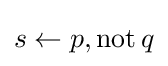
s\leftarrow p,\operatorname {not} q